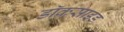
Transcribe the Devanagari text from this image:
डॉकसाइड